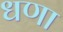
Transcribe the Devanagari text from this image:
धणा